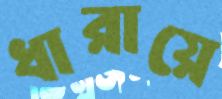
ধারায়ে